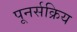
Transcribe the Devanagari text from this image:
पूनर्सक्रिय